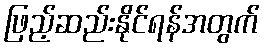
ဖြည့်ဆည်းနိုင်ရန်အတွက်